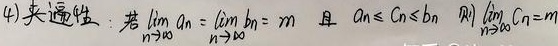
(4) 夹逼性：若\(\lim_{n \to \infty} a_{n} =\lim_{n \to \infty} b_{n} = m\)，且 \(a_{n} \leq c_{n} \leq b_{n}\)，则\(\lim_{n \to \infty} c_{n}=m\)